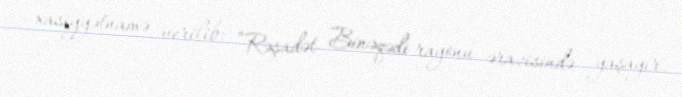
xasiyyətnamə verilib: “Rəşadət Binəqədi rayonu ərazisində yaşayır.